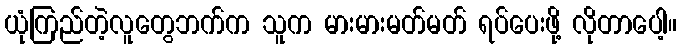
ယုံကြည်တဲ့လူတွေဘက်က သူက မားမားမတ်မတ် ရပ်ပေးဖို့ လိုတာပေါ့။